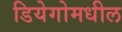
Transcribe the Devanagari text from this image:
डियेगोमधील